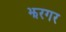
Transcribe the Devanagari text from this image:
झरगर